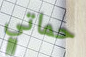
حماتي